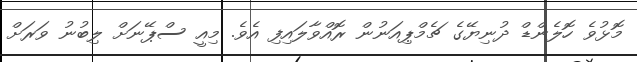
މޮޅުވެ ހޮލެންޑް ދުނިޔޭގެ ޗެމްޕިއަނުން ރޮއްވާލައިފި އެވެ. މިއީ ސްޕޭނަށް ލިބުނު ވަރަށް